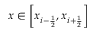
x \in \left[ x _ { i - { \frac { 1 } { 2 } } } , x _ { i + { \frac { 1 } { 2 } } } \right]